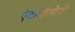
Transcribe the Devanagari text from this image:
एंटोमॉलोजी